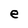
Character: e